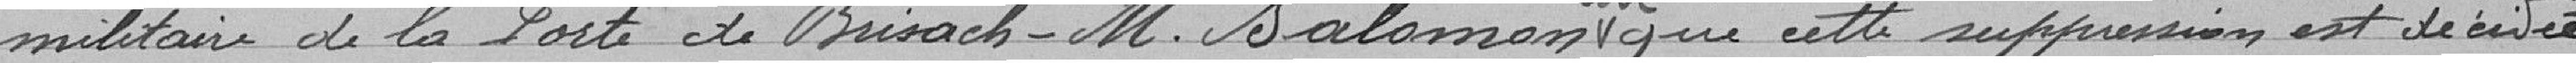
militaire de la porte de Brisach. Monsieur Salomon dit que cette suppression est décidée